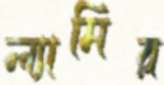
ল্যামির